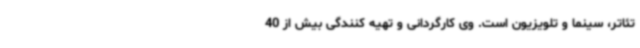
تئاتر، سینما و تلویزیون است. وی کارگردانی و تهیه کنندگی بیش از 40